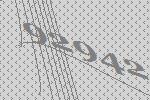
92942